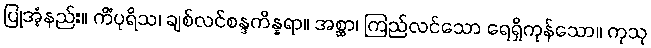
ပြုအံ့နည်း။ ကိံပုရိသ၊ ချစ်လင်စန္ဒကိန္နရာ။ အစ္ဆာ၊ ကြည်လင်သော ရေရှိကုန်သော။ ကုသု